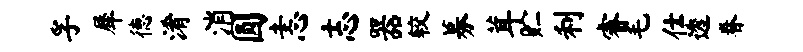
孚犀德淆消圆恚志器较募茸贮利睿毛仕透眷